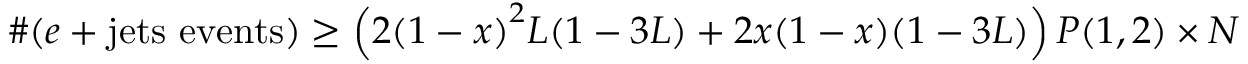
\# ( e + \mathrm { j e t s ~ e v e n t s } ) \geq \left( 2 { ( 1 - x ) } ^ { 2 } L ( 1 - 3 L ) + 2 x ( 1 - x ) ( 1 - 3 L ) \right) P ( 1 , 2 ) \times \cal N